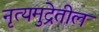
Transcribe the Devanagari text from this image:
नृत्यमुद्रेतील